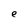
Character: e